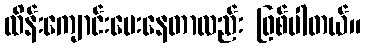
ထိန်းကျောင်းပေးနေတာလည်း ဖြစ်ပါတယ်။